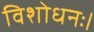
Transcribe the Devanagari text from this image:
विशोधनः।